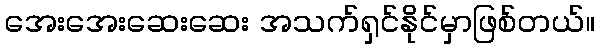
အေးအေးဆေးဆေး အသက်ရှင်နိုင်မှာဖြစ်တယ်။